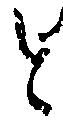
と